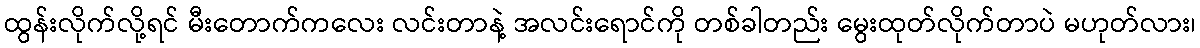
ထွန်းလိုက်လို့ရင် မီးတောက်ကလေး လင်းတာနဲ့ အလင်းရောင်ကို တစ်ခါတည်း မွေးထုတ်လိုက်တာပဲ မဟုတ်လား၊